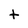
Character: t